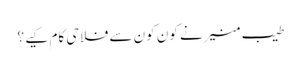
طیب منیرنے کون کون سے فلاحی کام کیے ؟